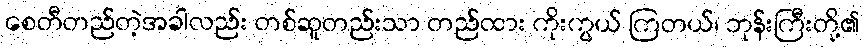
စေတီတည်တဲ့အခါလည်း တစ်ဆူတည်းသာ တည်ထား ကိုးကွယ် ကြတယ်၊ ဘုန်းကြီးတို့၏